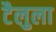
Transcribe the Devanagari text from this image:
टैलुला